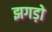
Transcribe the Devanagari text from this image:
झगड़ो